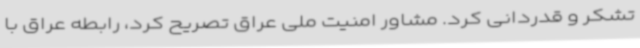
تشکر و قدردانی کرد. مشاور امنیت ملی عراق تصریح کرد، رابطه عراق با